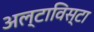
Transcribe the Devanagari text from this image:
अल्टाविस्टा